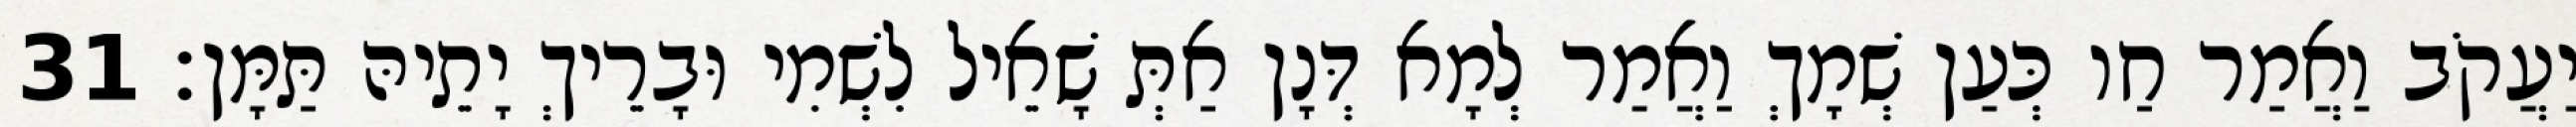
יַעֲקֹב וַאֲמַר חַו כְּעַן שְׁמָךְ וַאֲמַר לְמָא דְּנָן אַתְּ שָׁאֵיל לִשְׁמִי וּבָרֵיךְ יָתֵיהּ תַּמָּן׃ 31